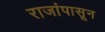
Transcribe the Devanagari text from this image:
राजांपासून